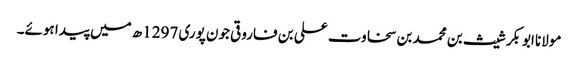
مولانا ابوبکر شیث بن محمد بن سخاوت علی بن فاروقی جون پوری 1297ھ میں پیدا ہوئے۔